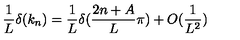
\frac { 1 } { L } \delta ( k _ { n } ) = \frac { 1 } { L } \delta ( \frac { 2 n + A } { L } \pi ) + O ( \frac { 1 } { L ^ { 2 } } )